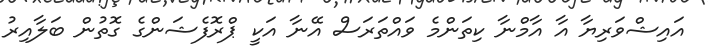
އައިޝްވަރިޔާ އާ އާމްނާ ކިތަންމެ ވައްތަރަސް އޭނާ އަކީ ޕްރޮފެޝަންގެ ގޮތުން ބަލާއިރު